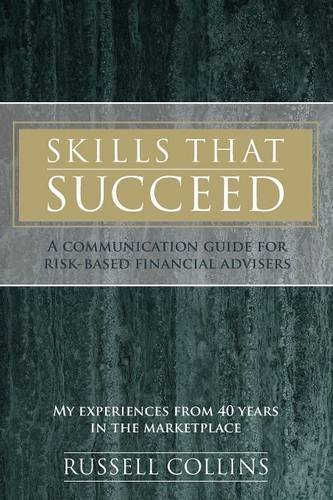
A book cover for Skills That Succeed: A communication guide for risk-based financial advisers; Russell Collins; Business & Money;